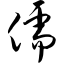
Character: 儒